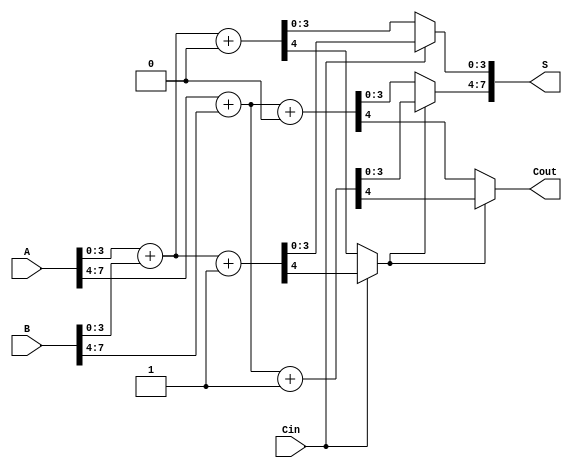
module CarrySelectAdder (
    input [7:0] A,      // 8-bit input A
    input [7:0] B,      // 8-bit input B
    input Cin,          // Carry-in
    output [7:0] S,     // 8-bit sum output
    output Cout         // Carry-out
);

    // Intermediate signals for the two blocks
    wire [3:0] S0_0, S1_0, S0_1, S1_1; // Sums for each block
    wire C0_0, C1_0, C0_1, C1_1;       // Carry-outs for each block

    // First 4-bit block
    assign {C0_0, S0_0} = A[3:0] + B[3:0] + 4'b0000; // Sum with Cin = 0
    assign {C1_0, S1_0} = A[3:0] + B[3:0] + 4'b0001; // Sum with Cin = 1

    // Second 4-bit block
    assign {C0_1, S0_1} = A[7:4] + B[7:4] + 4'b0000; // Sum with Cin = 0
    assign {C1_1, S1_1} = A[7:4] + B[7:4] + 4'b0001; // Sum with Cin = 1

    // Mux for the first block
    wire [3:0] S0, S1;
    wire C0, C1;

    assign S0 = (Cin == 1'b0) ? S0_0 : S1_0; // Select sum based on Cin
    assign C0 = (Cin == 1'b0) ? C0_0 : C1_0; // Select carry-out based on Cin

    // Mux for the second block
    assign S[3:0] = S0; // First 4 bits of sum

    assign S[7:4] = (C0 == 1'b0) ? S0_1 : S1_1; // Select second block sum based on C0
    assign Cout = (C0 == 1'b0) ? C0_1 : C1_1; // Final carry-out

endmodule